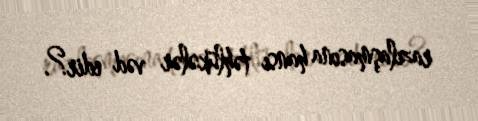
razılaşmasına hansı təhlükələr vəd edir?.